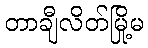
တာချီလိတ်မြို့မ